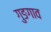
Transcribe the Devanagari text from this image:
गुङगाव